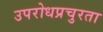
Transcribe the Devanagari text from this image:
उपरोधप्रचुरता